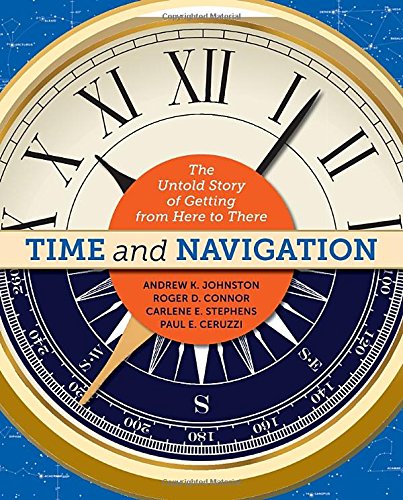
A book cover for Time and Navigation: The Untold Story of Getting from Here to There; Andrew K. Johnston; History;